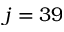
j = 3 9